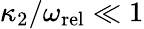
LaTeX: \kappa_{2}/\omega_{\mathrm{rel}}\ll 1